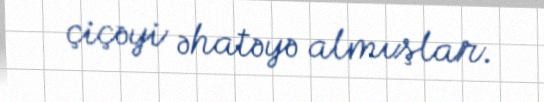
çiçəyi əhatəyə almışlar.